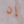
إن